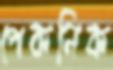
পেকনিক